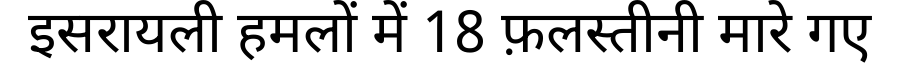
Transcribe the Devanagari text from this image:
इसरायली हमलों में 18 फ़लस्तीनी मारे गए